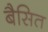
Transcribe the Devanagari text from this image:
बैसित